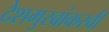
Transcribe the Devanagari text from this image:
देशमुखांकरवी